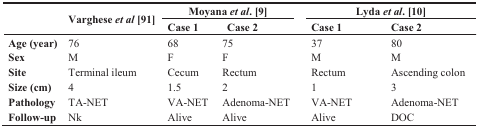
| <ROWSPAN=2>  | <ROWSPAN=2> Varghese et al [91] | <COLSPAN=2> Moyana et al. [9] | <COLSPAN=2> Lyda et al. [10] |
 | Case 1 | Case 2 | Case 1 | Case 2 |
 | --- | --- | --- | --- | --- | --- |
 | Age (year) | 76 | 68 | 75 | 37 | 80 |
 | Sex | M | F | F | M | M |
 | Site | Terminal ileum | Cecum | Rectum | Rectum | Ascending colon |
 | Size (cm) | 4 | 1.5 | 2 | 1 | 3 |
 | Pathology | TA-NET | VA-NET | Adenoma-NET | VA-NET | Adenoma-NET |
 | Follow-up | Nk | Alive | Alive | Alive | DOC |